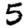
Digit: 5